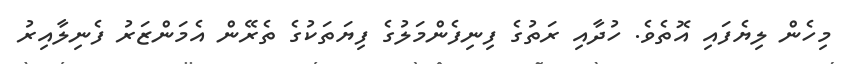
މިހެން ލިޔެފައި އޮތެވެ. ހުދާއި ރަތުގެ ފިނިފެންމަލުގެ ފިޔަތަކުގެ ތެރޭން އެމަންޒަރު ފެނިލާއިރު